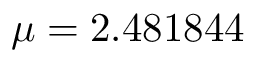
\mu = 2 . 4 8 1 8 4 4